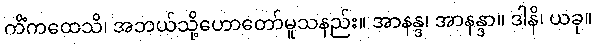
ကိံကထေသိ၊ အဘယ်သို့ဟောတော်မူသနည်း။ အာနန္ဒ၊ အာနန္ဒာ။ ဒါနိ၊ ယခု။